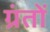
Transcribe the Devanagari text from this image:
ग्रंतों